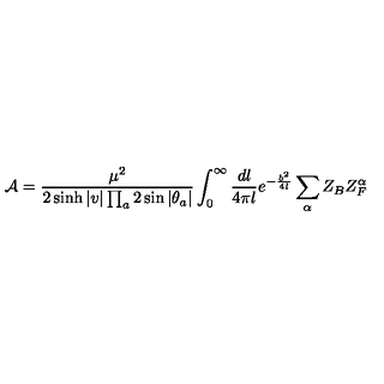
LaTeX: { \cal A } = \frac { \mu ^ { 2 } } { 2 \sinh | v | \prod _ { a } 2 \sin | \theta _ { a } | } \int _ { 0 } ^ { \infty } \frac { d l } { 4 \pi l } e ^ { - \frac { b ^ { 2 } } { 4 l } } \sum _ { \alpha } Z _ { B } Z _ { F } ^ { \alpha }